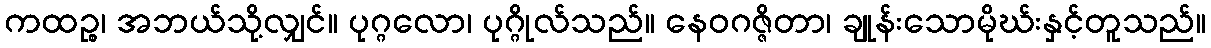
ကထဉ္စ၊ အဘယ်သို့လျှင်။ ပုဂ္ဂလော၊ ပုဂ္ဂိုလ်သည်။ နေဝဂဇ္ဇိတာ၊ ချုန်းသောမိုဃ်းနှင့်တူသည်။